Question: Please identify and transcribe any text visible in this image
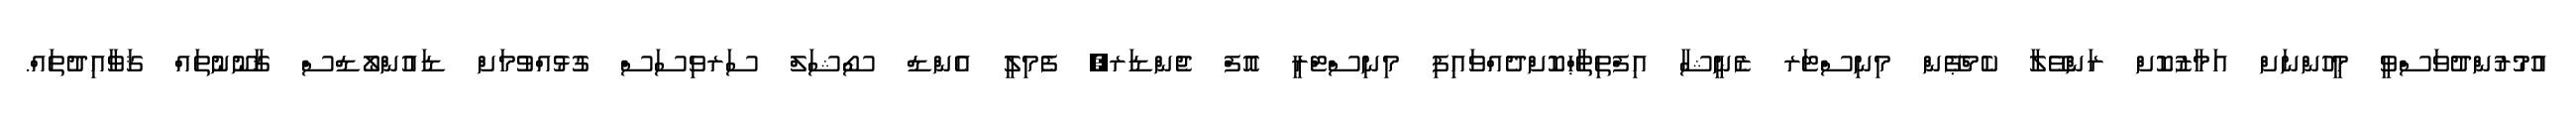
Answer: އުމުރުންދުވަސްވީ މީހުންނަށް އަމާޒުކޮށް ރަންވޭލާ ކެމްޕޭން މިނިސްޓަރ ޒެނީޝާ އިފްތިތާޙްކޮށްދެއްވައިފި މިނިސްޓްރީ އޮފް ޖެންޑަރ, ފެމިލީ އެންޑް ސޯޝަލް ސަރވިސަސް ގުޅުއްވުމަށް ޑައުންލޯޑްސް ޤާނޫނުތައް ޤަވާއިދުތައް.